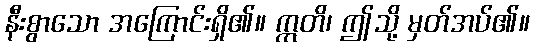
နီးစွာသော အကြောင်းရှိ၏။ ဣတိ၊ ဤသို့ မှတ်အပ်၏။